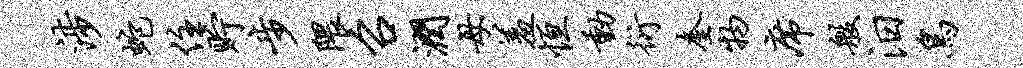
涉蛇住贮步隈召润母羞恒动衍奎物席般汨鸟